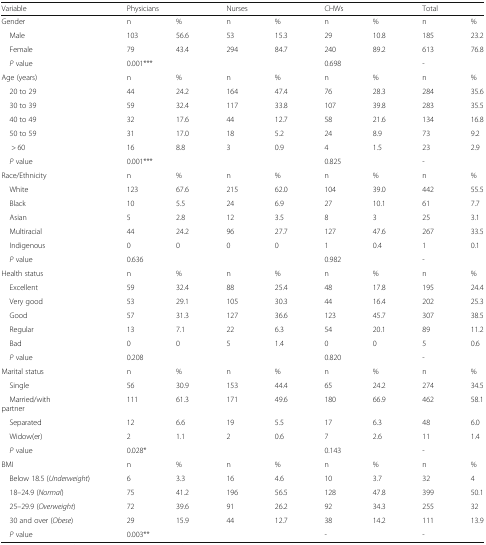
<table><thead><tr><td><b>Variable</b></td><td colspan="2"><b>Physicians</b></td><td colspan="2"><b>Nurses</b></td><td colspan="2"><b>CHWs</b></td><td colspan="2"><b>Total</b></td></tr></thead><tbody><tr><td>Gender</td><td>n</td><td>%</td><td>n</td><td>%</td><td>n</td><td>%</td><td>n</td><td>%</td></tr><tr><td> Male</td><td>103</td><td>56.6</td><td>53</td><td>15.3</td><td>29</td><td>10.8</td><td>185</td><td>23.2</td></tr><tr><td> Female</td><td>79</td><td>43.4</td><td>294</td><td>84.7</td><td>240</td><td>89.2</td><td>613</td><td>76.8</td></tr><tr><td> <i>P</i> value</td><td colspan="4">0.001***</td><td colspan="2">0.698</td><td colspan="2">-</td></tr><tr><td>Age (years)</td><td>n</td><td>%</td><td>n</td><td>%</td><td>n</td><td>%</td><td>n</td><td>%</td></tr><tr><td> 20 to 29</td><td>44</td><td>24.2</td><td>164</td><td>47.4</td><td>76</td><td>28.3</td><td>284</td><td>35.6</td></tr><tr><td> 30 to 39</td><td>59</td><td>32.4</td><td>117</td><td>33.8</td><td>107</td><td>39.8</td><td>283</td><td>35.5</td></tr><tr><td> 40 to 49</td><td>32</td><td>17.6</td><td>44</td><td>12.7</td><td>58</td><td>21.6</td><td>134</td><td>16.8</td></tr><tr><td> 50 to 59</td><td>31</td><td>17.0</td><td>18</td><td>5.2</td><td>24</td><td>8.9</td><td>73</td><td>9.2</td></tr><tr><td>&gt; 60</td><td>16</td><td>8.8</td><td>3</td><td>0.9</td><td>4</td><td>1.5</td><td>23</td><td>2.9</td></tr><tr><td> <i>P</i> value</td><td colspan="4">0.001***</td><td colspan="2">0.825</td><td colspan="2">-</td></tr><tr><td>Race/Ethnicity</td><td>n</td><td>%</td><td>n</td><td>%</td><td>n</td><td>%</td><td>n</td><td>%</td></tr><tr><td> White</td><td>123</td><td>67.6</td><td>215</td><td>62.0</td><td>104</td><td>39.0</td><td>442</td><td>55.5</td></tr><tr><td> Black</td><td>10</td><td>5.5</td><td>24</td><td>6.9</td><td>27</td><td>10.1</td><td>61</td><td>7.7</td></tr><tr><td> Asian</td><td>5</td><td>2.8</td><td>12</td><td>3.5</td><td>8</td><td>3</td><td>25</td><td>3.1</td></tr><tr><td> Multiracial</td><td>44</td><td>24.2</td><td>96</td><td>27.7</td><td>127</td><td>47.6</td><td>267</td><td>33.5</td></tr><tr><td> Indigenous</td><td>0</td><td>0</td><td>0</td><td>0</td><td>1</td><td>0.4</td><td>1</td><td>0.1</td></tr><tr><td> <i>P</i> value</td><td colspan="4">0.636</td><td colspan="2">0.982</td><td colspan="2">-</td></tr><tr><td>Health status</td><td>n</td><td>%</td><td>n</td><td>%</td><td>n</td><td>%</td><td>n</td><td>%</td></tr><tr><td> Excellent</td><td>59</td><td>32.4</td><td>88</td><td>25.4</td><td>48</td><td>17.8</td><td>195</td><td>24.4</td></tr><tr><td> Very good</td><td>53</td><td>29.1</td><td>105</td><td>30.3</td><td>44</td><td>16.4</td><td>202</td><td>25.3</td></tr><tr><td> Good</td><td>57</td><td>31.3</td><td>127</td><td>36.6</td><td>123</td><td>45.7</td><td>307</td><td>38.5</td></tr><tr><td> Regular</td><td>13</td><td>7.1</td><td>22</td><td>6.3</td><td>54</td><td>20.1</td><td>89</td><td>11.2</td></tr><tr><td> Bad</td><td>0</td><td>0</td><td>5</td><td>1.4</td><td>0</td><td>0</td><td>5</td><td>0.6</td></tr><tr><td> <i>P</i> value</td><td colspan="4">0.208</td><td colspan="2">0.820</td><td colspan="2">-</td></tr><tr><td>Marital status</td><td>n</td><td>%</td><td>n</td><td>%</td><td>n</td><td>%</td><td>n</td><td>%</td></tr><tr><td> Single</td><td>56</td><td>30.9</td><td>153</td><td>44.4</td><td>65</td><td>24.2</td><td>274</td><td>34.5</td></tr><tr><td> Married/withpartner</td><td>111</td><td>61.3</td><td>171</td><td>49.6</td><td>180</td><td>66.9</td><td>462</td><td>58.1</td></tr><tr><td> Separated</td><td>12</td><td>6.6</td><td>19</td><td>5.5</td><td>17</td><td>6.3</td><td>48</td><td>6.0</td></tr><tr><td> Widow(er)</td><td>2</td><td>1.1</td><td>2</td><td>0.6</td><td>7</td><td>2.6</td><td>11</td><td>1.4</td></tr><tr><td> <i>P</i> value</td><td colspan="4">0.028*</td><td colspan="2">0.143</td><td colspan="2">-</td></tr><tr><td>BMI</td><td>n</td><td>%</td><td>n</td><td>%</td><td>n</td><td>%</td><td>n</td><td>%</td></tr><tr><td> Below 18.5 (<i>Underweight</i>)</td><td>6</td><td>3.3</td><td>16</td><td>4.6</td><td>10</td><td>3.7</td><td>32</td><td>4</td></tr><tr><td> 18–24.9 (<i>Normal</i>)</td><td>75</td><td>41.2</td><td>196</td><td>56.5</td><td>128</td><td>47.8</td><td>399</td><td>50.1</td></tr><tr><td> 25–29.9 (<i>Overweight</i>)</td><td>72</td><td>39.6</td><td>91</td><td>26.2</td><td>92</td><td>34.3</td><td>255</td><td>32</td></tr><tr><td> 30 and over (<i>Obese</i>)</td><td>29</td><td>15.9</td><td>44</td><td>12.7</td><td>38</td><td>14.2</td><td>111</td><td>13.9</td></tr><tr><td> <i>P</i> value</td><td colspan="4">0.003**</td><td colspan="2">-</td><td colspan="2">-</td></tr></tbody></table>